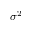
\sigma ^ { 2 }